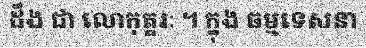
ដឹង ជា លោកុត្តរៈ ។ ក្នុង ធម្មទេសនា